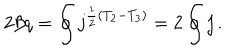
LaTeX: 2 \beta q = \oint j ^ { \frac { 1 } { 2 } ( T _ { 2 } - T _ { 3 } ) } = 2 \oint j \, .